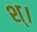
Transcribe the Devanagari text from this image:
श्।